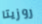
روزيتا